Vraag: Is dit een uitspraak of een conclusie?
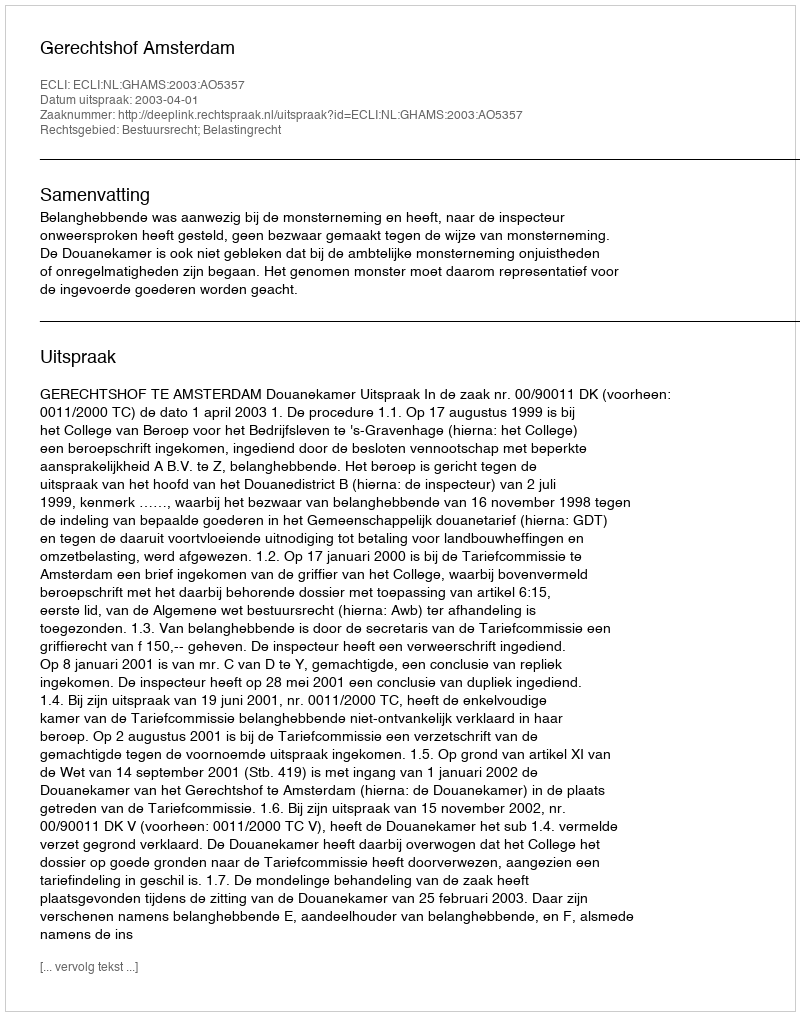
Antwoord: Uitspraak